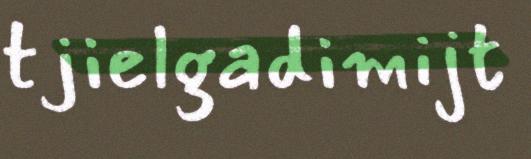
tjielgadimijt